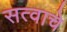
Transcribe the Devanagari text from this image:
सत्वाचे